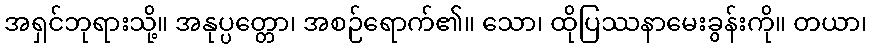
အရှင်ဘုရားသို့။ အနုပ္ပတ္တော၊ အစဉ်ရောက်၏။ သော၊ ထိုပြဿနာမေးခွန်းကို။ တယာ၊